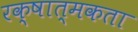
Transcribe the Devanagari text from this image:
रक्षात्मकता